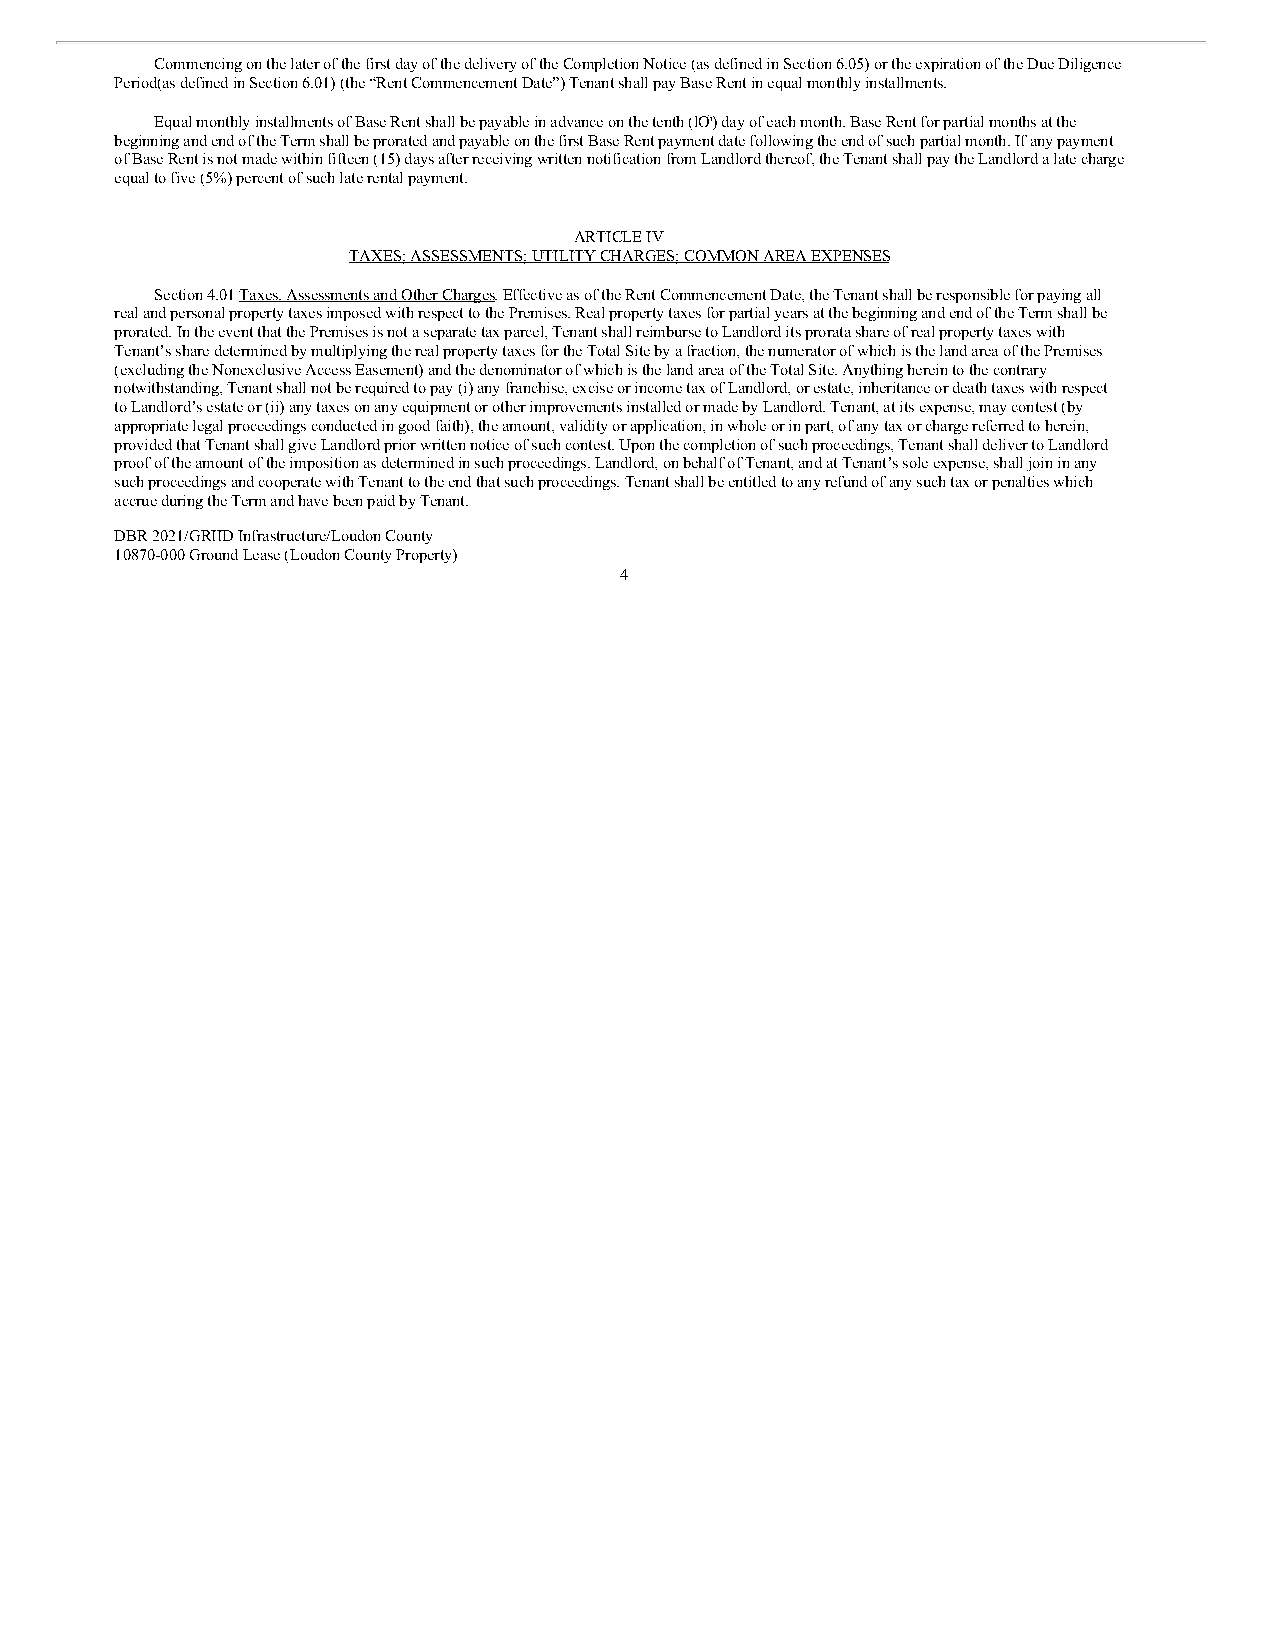
Commencing on the later of the first day of the delivery of the Completion Notice (as defined in Section 6.05) or the expiration of the Due Diligence
 Period(as defined in Section 6.01) (the “Rent Commencement Date”) Tenant shall pay Base Rent in equal monthly installments.
 Equal monthly installments of Base Rent shall be payable in advance on the tenth (lOth) day of each month. Base Rent for partial months at the
 beginning and end of the Term shall be prorated and payable on the first Base Rent payment date following the end of such partial month. If any payment
 of Base Rent is not made within fifteen (15) days after receiving written notification from Landlord thereof, the Tenant shall pay the Landlord a late charge
 equal to five (5%) percent of such late rental payment.
 ARTICLE IV
 TAXES; ASSESSMENTS; UTILITY CHARGES; COMMON AREA EXPENSES
 Section 4.01 Taxes, Assessments and Other Charges. Effective as of the Rent Commencement Date, the Tenant shall be responsible for paying all
 real and personal property taxes imposed with respect to the Premises. Real property taxes for partial years at the beginning and end of the Term shall be
 prorated. In the event that the Premises is not a separate tax parcel, Tenant shall reimburse to Landlord its prorata share of real property taxes with
 Tenant’s share determined by multiplying the real property taxes for the Total Site by a fraction, the numerator of which is the land area of the Premises
 (excluding the Nonexclusive Access Easement) and the denominator of which is the land area of the Total Site. Anything herein to the contrary
 notwithstanding, Tenant shall not be required to pay (i) any franchise, excise or income tax of Landlord, or estate, inheritance or death taxes with respect
 to Landlord’s estate or (ii) any taxes on any equipment or other improvements installed or made by Landlord. Tenant, at its expense, may contest (by
 appropriate legal proceedings conducted in good faith), the amount, validity or application, in whole or in part, of any tax or charge referred to herein,
 provided that Tenant shall give Landlord prior written notice of such contest. Upon the completion of such proceedings, Tenant shall deliver to Landlord
 proof of the amount of the imposition as determined in such proceedings. Landlord, on behalf of Tenant, and at Tenant’s sole expense, shall join in any
 such proceedings and cooperate with Tenant to the end that such proceedings. Tenant shall be entitled to any refund of any such tax or penalties which
 accrue during the Term and have been paid by Tenant.
 DBR 2021/GRIID Infrastructure/Loudon County
 10870-000 Ground Lease (Loudon County Property)
 4